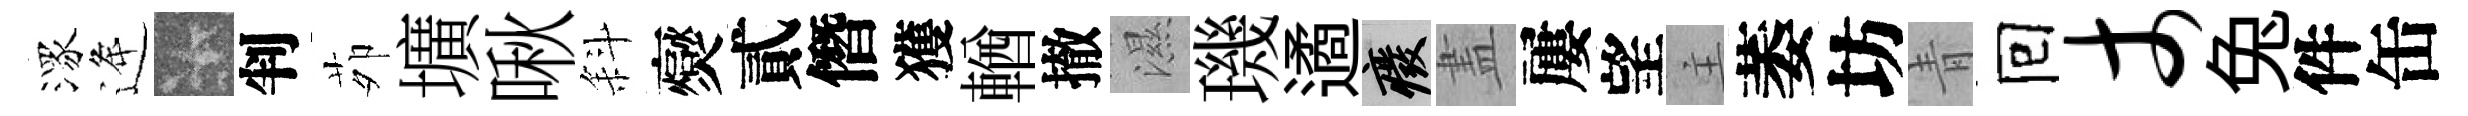
潈逄卡判茆壙啾斜爕貳僭獲輶撤濕璣遹廢𥁞屢望主萎坊青囘丈兔件缶